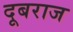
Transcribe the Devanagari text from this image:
दूबराज